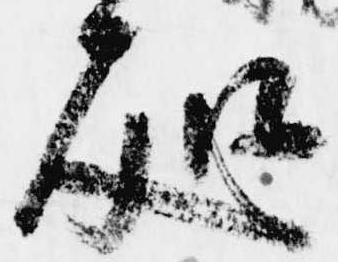
処